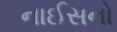
નાઈસનો